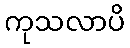
ကုသလာပိ